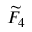
{ \widetilde { F } } _ { 4 }